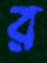
র